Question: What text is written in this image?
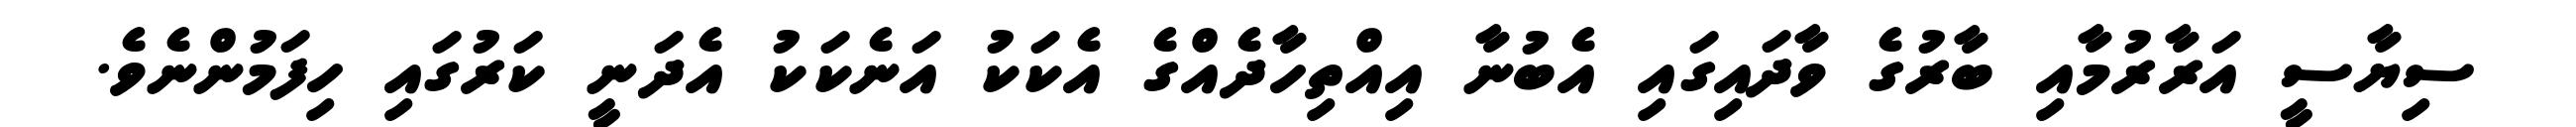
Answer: ސިޔާސީ އަރާރުމާއި ބާރުގެ ވާދައިގައި އެބުނާ އިއްތިހާދެއްގެ އެކަކު އަނެކަކު އެދަނީ ކަރުގައި ހިފަމުންނެވެ.